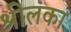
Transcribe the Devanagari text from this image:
श्रीलंंका